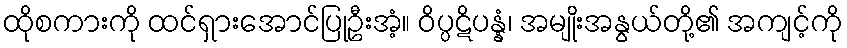
ထိုစကားကို ထင်ရှားအောင်ပြုဦးအံ့။ ဝိပ္ပဋိပန္နံ၊ အမျိုးအနွယ်တို့၏ အကျင့်ကို